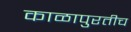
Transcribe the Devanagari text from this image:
काळापुरतीच